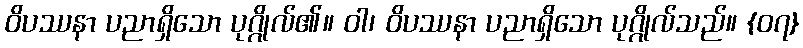
ဝိပဿနာ ပညာရှိသော ပုဂ္ဂိုလ်၏။ ဝါ၊ ဝိပဿနာ ပညာရှိသော ပုဂ္ဂိုလ်သည်။ {၀၇}